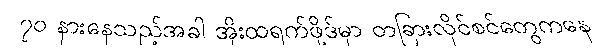
၇၀ နားနေသည့်အခါ အိုးထရက်ဖို့ဒ်မှာ တခြားလိုင်စင်တွေကနေ